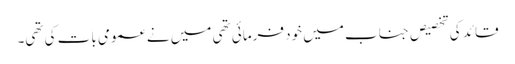
قائد کی تخصیص جناب میں خود فرمائی تھی میں نے عمومی بات کی تھی۔